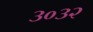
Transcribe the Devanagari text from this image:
३०३२